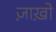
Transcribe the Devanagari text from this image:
ज़ाख़ो